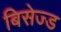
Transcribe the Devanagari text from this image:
बिसेज्ड